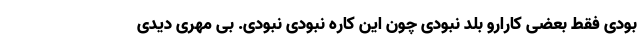
بودی فقط بعضی کارارو بلد نبودی چون این کاره نبودی نبودی. بی مهری دیدی